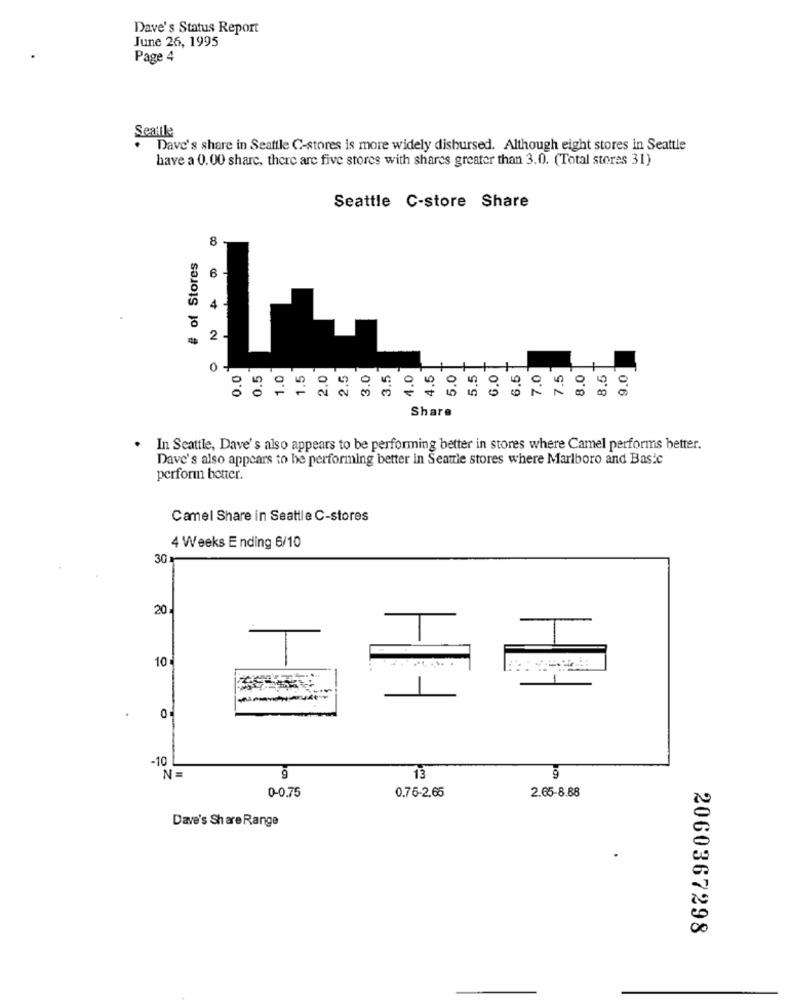
Dave's Status Report
June 26, 1995
Page 4
Sealle
Dave's share in Seattle C-stores is more widely disbursed. Although eight stores in Seattle
have a 0.00 share, there are five stores with shares greater than 3.0. (Total stores 31)
Seattle C-store Share
8
# of Stores
6
2
2.0
5.0
5.5
6.0
0
0.0
.5
1.0
1.5
2.5
3.0
3.5
1.0
4.5
6.5
7.0
7.5
8.0
3.5
9.0
Share
In Seattle, Dave's also appears to be performing better in stores where Camel performs better.
Dave's also appears to be performing better in Seattle stores where Marlboro and Basic
perform better.
Camel Share in Seattle C-stores
4 Weeks E nding 6/10
30
20
10
0
-10
N =
9
13
0-0,75
2.65-8.88
0.75-2.65
Dave's Share Range
2060367298